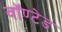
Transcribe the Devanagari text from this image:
वॉण्टेड